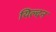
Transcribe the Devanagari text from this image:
यिल्दन